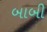
બાબી